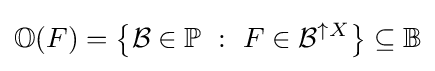
\mathbb {O} (F)=\left\{{\mathcal {B}}\in \mathbb {P} ~:~F\in {\mathcal {B}}^{\uparrow X}\right\}\subseteq \mathbb {B}